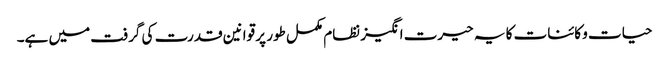
حیات و کائنات کا یہ حیرت انگیز نظام مکمل طور پر قوانین قدرت کی گرفت میں ہے۔